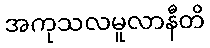
အကုသလမူလာနီတိ